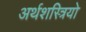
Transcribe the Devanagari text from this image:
अर्थशस्त्रियो